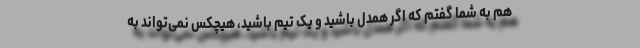
هم به شما گفتم که اگر همدل باشید و یک تیم باشید، هیچکس نمی‌تواند به